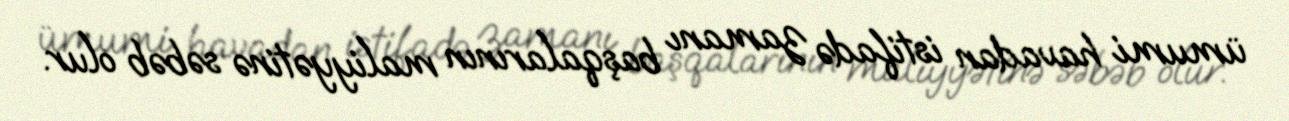
ümumi havadan istifadə zamanı başqalarının maliyyətinə səbəb olur.